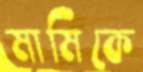
মামিকে